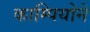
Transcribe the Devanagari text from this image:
काम्पियोने